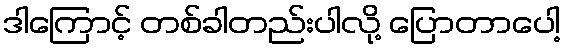
ဒါကြောင့် တစ်ခါတည်းပါလို့ ပြောတာပေါ့